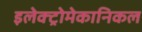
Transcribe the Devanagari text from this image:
इलेक्ट्रोमेकानिकल